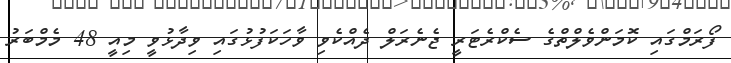
ފޯރަމްގައި ކޮމަންވެލްތްގެ ސެކްރެޓަރީ ޖެނެރަލް ދެއްކެވި ވާހަކަފުޅުގައި ވިދާޅުވީ މިއީ 48 މެމްބަރު